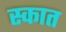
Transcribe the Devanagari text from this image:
स्कात